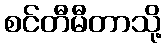
စင်တီမီတာသို့